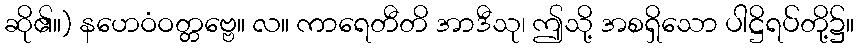
ဆို၏။) နဟေဝံဝတ္တဗ္ဗေ။ လ။ ကာရေတီတိ အာဒီသု၊ ဤသို့ အစရှိသော ပါဋ္ဌိရပ်တို့၌။